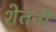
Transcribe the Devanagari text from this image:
शेतनी